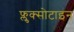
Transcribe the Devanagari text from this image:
फ्लुक्सोटाइन